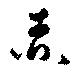
赤